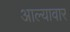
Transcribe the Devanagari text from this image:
आल्यावार